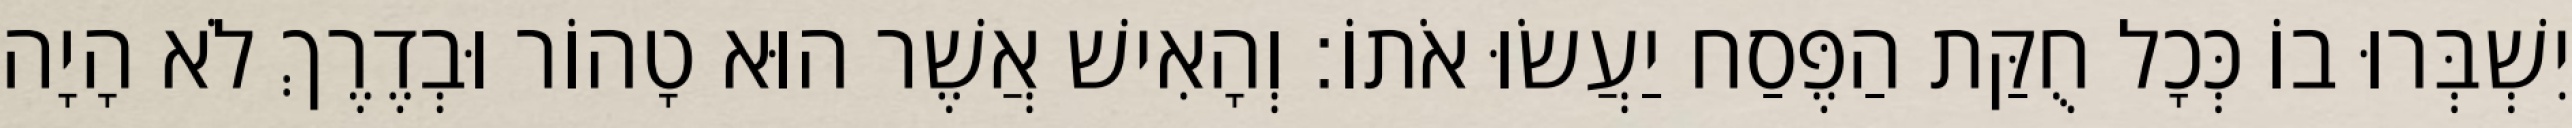
יִשְׁבְּרוּ בוֹ כְּכָל חֻקַּת הַפֶּסַח יַעֲשׂוּ אֹתוֹ׃ וְהָאִישׁ אֲשֶׁר הוּא טָהוֹר וּבְדֶרֶךְ לֹא הָיָה